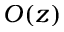
O ( z )